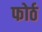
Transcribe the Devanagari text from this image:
फोर्ठ